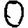
Digit: 0